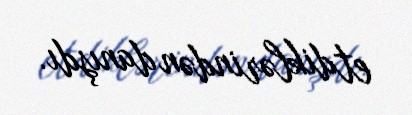
etdiklərindən danışdı.